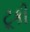
ટૂકી